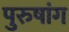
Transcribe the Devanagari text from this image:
पुरुषांग